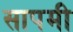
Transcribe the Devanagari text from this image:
सापमी